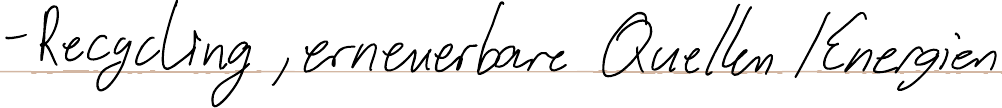
- Recycling, erneuerbare Quellen / Energien